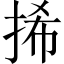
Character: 𢬾